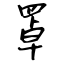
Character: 罩